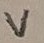
Text: V